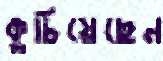
কুচিয়েছেন